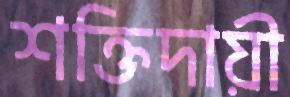
শক্তিদায়ী